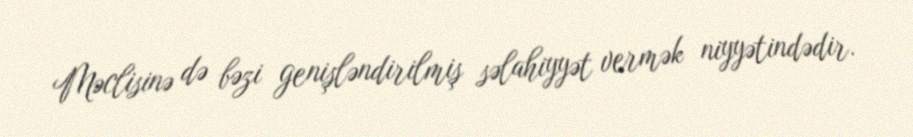
Məclisinə də bəzi genişləndirilmiş səlahiyyət vermək niyyətindədir.